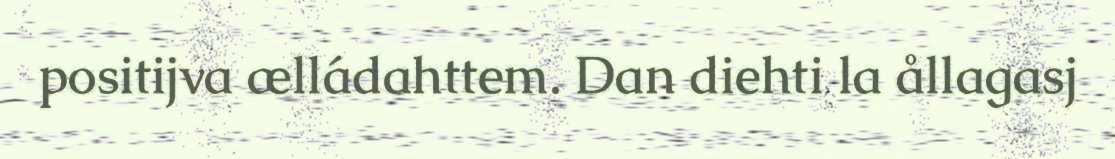
positijva ælládahttem. Dan diehti la ållagasj